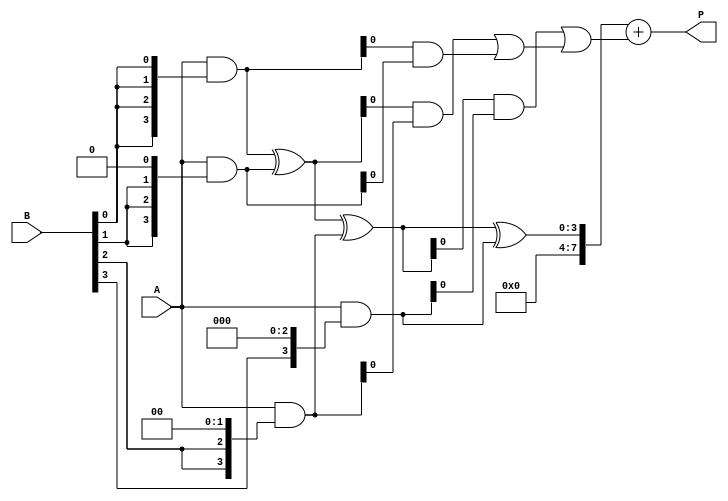
module WallaceTreeMultiplier (
    input [3:0] A,     // 4-bit multiplicand
    input [3:0] B,     // 4-bit multiplier
    output [7:0] P     // 8-bit product
);

    wire [3:0] PP[3:0]; // Partial products
    wire [7:0] S[5:0];  // Sums at each stage
    wire [5:0] C;       // Carry outputs

    // Step 1: Generate Partial Products
    assign PP[0] = A & {4{B[0]}}; // A AND B[0]
    assign PP[1] = A & {4{B[1]}} << 1; // A AND B[1] shifted
    assign PP[2] = A & {4{B[2]}} << 2; // A AND B[2] shifted
    assign PP[3] = A & {4{B[3]}} << 3; // A AND B[3] shifted

    // Step 2: First reduction stage (Combine partial products)
    // Use half and full adders to sum the partial products
    // Example of a reduce stage, can be expanded for multiple outputs
    wire [7:0] sum01, sum02;
    wire carry01, carry02;

    // Half Adder for first two partial products
    assign S[0] = PP[0] ^ PP[1];
    assign C[0] = PP[0] & PP[1];

    // First Full Adder for next pair
    assign S[1] = S[0] ^ PP[2];
    assign C[1] = (S[0] & PP[2]) | C[0];

    // Another Half Adder for the next summation
    assign S[2] = S[1] ^ PP[3];
    assign C[2] = (S[1] & PP[3]) | C[1];

    // Step 3: Final Adder
    wire [7:0] final_sum;
    wire final_carry;

    assign final_sum = S[2] + C[2];

    assign P = final_sum;

endmodule